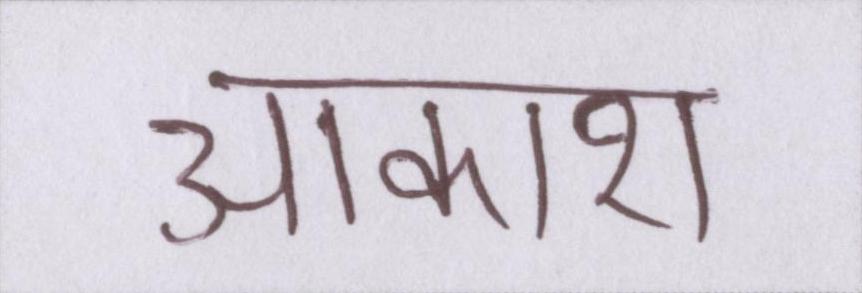
आकाश